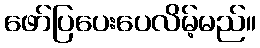
ဖော်ပြပေးပေလိမ့်မည်။